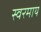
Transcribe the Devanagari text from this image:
स्वरमाय